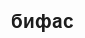
бифас